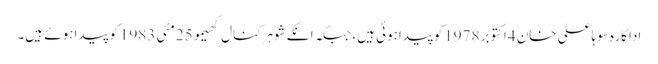
اداکارہ سوہاعلی خان 4اکتوبر 1978کوپیداہوئی ہیں، جبکہ انکے شوہرکنال کھیمو25مئی 1983کو پیداہوئے ہیں۔